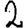
Digit: 2